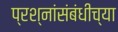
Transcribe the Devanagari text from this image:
प्रश्नांसंबंधीच्या